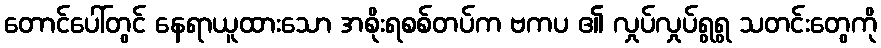
တောင်ပေါ်တွင် နေရာယူထားသော အစိုးရစစ်တပ်က ဗကပ ၏ လှုပ်လှုပ်ရွရွ သတင်းတွေကို